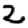
Digit: 2